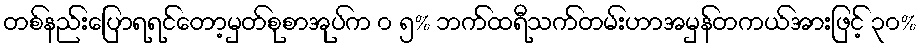
တစ်နည်းပြောရရင်တော့မှတ်စုစာအုပ်က ၀ ၅% ဘက်ထရီသက်တမ်းဟာအမှန်တကယ်အားဖြင့် ၃၀%